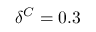
\delta ^ { C } = 0 . 3